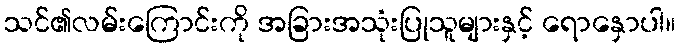
သင်၏လမ်းကြောင်းကို အခြားအသုံးပြုသူများနှင့် ရောနှောပါ။